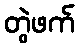
တွဲဖက်